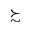
\succsim